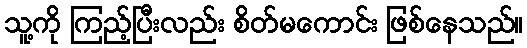
သူ့ကို ကြည့်ပြီးလည်း စိတ်မကောင်း ဖြစ်နေသည်။